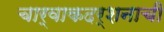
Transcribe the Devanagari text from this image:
चार्वाकदर्शनाची